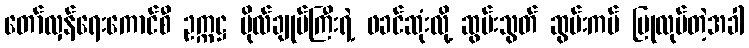
တော်လှန်ရေးကောင်စီ ဥက္ကဋ္ဌ ဗိုလ်ချုပ်ကြီးရဲ့ ဖခင်ဆုံးလို့ ဆွမ်းသွတ် ဆွမ်းကပ် ပြုလုပ်တဲ့အခါ